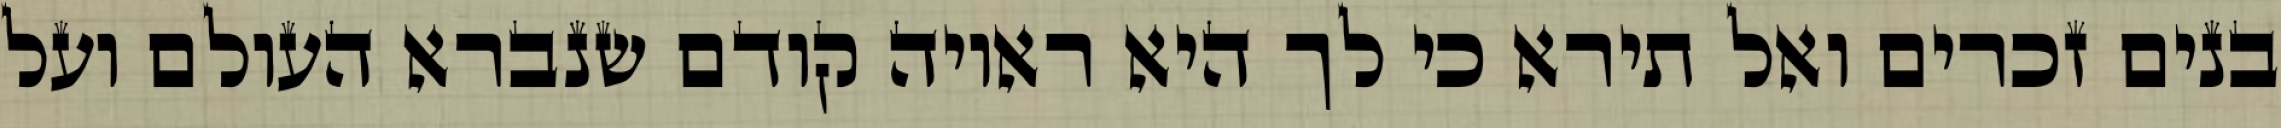
בנים זכרים ואל תירא כי לך היא ראויה קודם שנברא העולם ועל